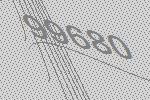
99680